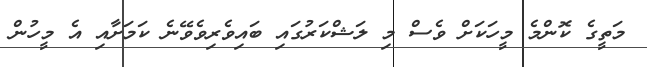
މަތީގެ ކޮންމެ މީހަކަށް ވެސް މި ލަޝްކަރުގައި ބައިވެރިވެވޭނެ ކަމަށާއި އެ މީހުން